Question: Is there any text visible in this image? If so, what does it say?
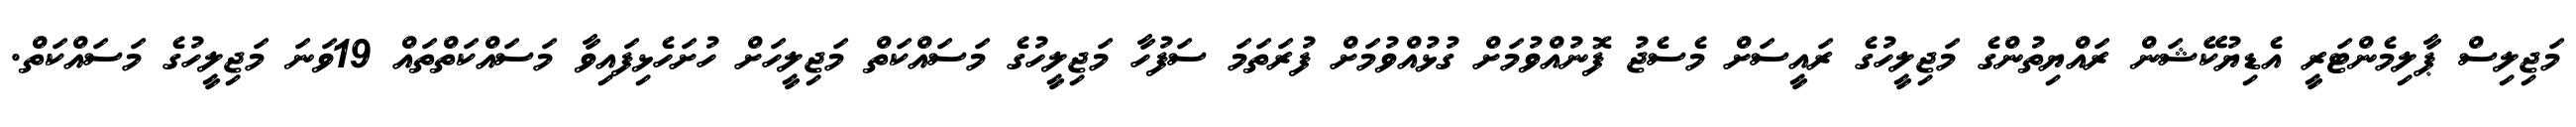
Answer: މަޖިލިސް ޕާލިމެންޓަރީ އެޑިޔުކޭޝަން ރައްޔިތުންގެ މަޖިލީހުގެ ރައީސަށް މެސެޖު ފޮނުއްވުމަށް ގުޅުއްވުމަށް ފުރަތަމަ ސަފުހާ މަޖިލީހުގެ މަސައްކަތް މަޖިލީހަށް ހުށަހެޅިފައިވާ މަސައްކަތްތައް 19ވަނަ މަޖިލީހުގެ މަސައްކަތް.